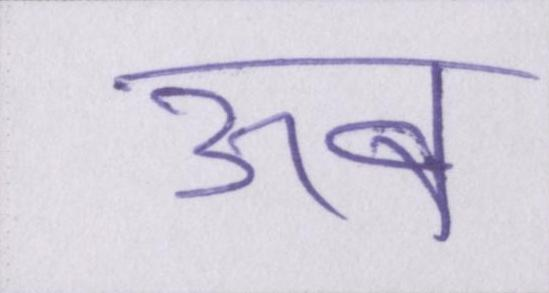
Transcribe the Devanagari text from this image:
ऊब